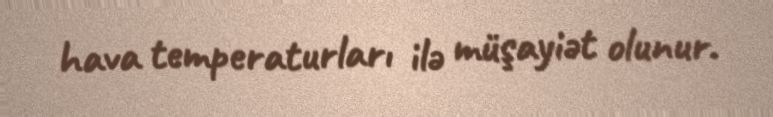
hava temperaturları ilə müşayiət olunur.